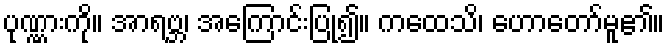
ပုဏ္ဏားကို။ အာရဗ္ဘ၊ အကြောင်းပြု၍။ ကထေသိ၊ ဟောတော်မူ၏။